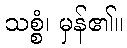
သစ္စံ၊ မှန်၏။